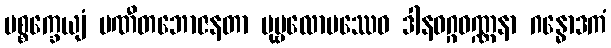
ပစ္စက္ခေယျံ ပဏီတဘောဇနတာ ပုဗ္ဗလောပဿေဝ ဒါနဝဂ္ဂဝဏ္ဏနာ ဂန္ဓောဒကံ